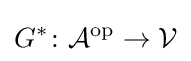
G^{\ast }\colon {\mathcal {A}}^{\mathrm {op} }\to {\mathcal {V}}